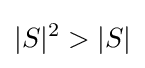
|S|^{2}>|S|